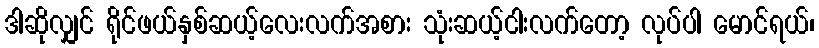
ဒါဆိုလျှင် ရိုင်ဖယ်နှစ်ဆယ့်လေးလက်အစား သုံးဆယ့်ငါးလက်တော့ လုပ်ပါ မောင်ရယ်၊